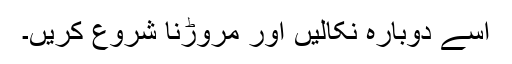
اسے دوبارہ نکالیں اور مروڑنا شروع کریں۔